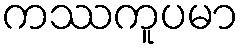
ကဿကူပမာ